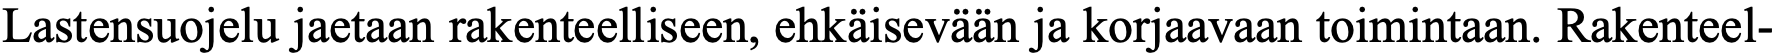
Lastensuojelu jaetaan rakenteelliseen, ehkäisevään ja korjaavaan toimintaan. Rakenteel-